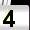
Digit: 4